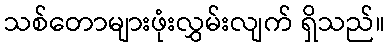
သစ်တောများဖုံးလွှမ်းလျက် ရှိသည်။